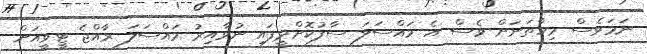
ނަމަވެސް މިހާތަނަށް ވެސް އެ މައްސަލަ ސާފުކޮށްދީފައި ނުވާއިރު މައްސަލަ ރާއްޖެ ޓީވީއަށް